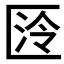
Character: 𭅛